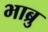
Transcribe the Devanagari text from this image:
भाब्रु